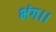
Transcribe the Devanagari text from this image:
भंग।।